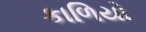
કાળિયો